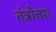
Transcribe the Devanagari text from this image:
तंत्रोत्तर।